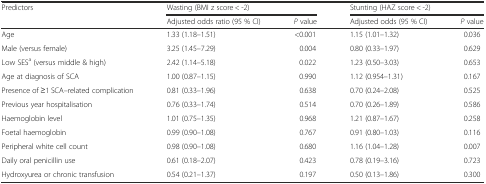
<table><thead><tr><td rowspan="2"><b>Predictors</b></td><td colspan="2"><b>Wasting (BMI z score &lt; -2)</b></td><td colspan="2"><b>Stunting (HAZ score &lt; -2)</b></td></tr><tr><td><b>Adjusted odds ratio (95 % CI)</b></td><td><b><i>P</i> value</b></td><td><b>Adjusted odds (95 % CI)</b></td><td><b><i>P</i> value</b></td></tr></thead><tbody><tr><td>Age</td><td>1.33 (1.18–1.51)</td><td>&lt;0.001</td><td>1.15 (1.01–1.32)</td><td>0.036</td></tr><tr><td>Male (versus female)</td><td>3.25 (1.45–7.29)</td><td>0.004</td><td>0.80 (0.33–1.97)</td><td>0.629</td></tr><tr><td>Low SES<sup>a</sup> (versus middle &amp; high)</td><td>2.42 (1.14–5.18)</td><td>0.022</td><td>1.23 (0.50–3.03)</td><td>0.653</td></tr><tr><td>Age at diagnosis of SCA</td><td>1.00 (0.87–1.15)</td><td>0.990</td><td>1.12 (0.954–1.31)</td><td>0.167</td></tr><tr><td>Presence of ≥1 SCA–related complication</td><td>0.81 (0.33–1.96)</td><td>0.638</td><td>0.70 (0.24–2.08)</td><td>0.525</td></tr><tr><td>Previous year hospitalisation</td><td>0.76 (0.33–1.74)</td><td>0.514</td><td>0.70 (0.26–1.89)</td><td>0.586</td></tr><tr><td>Haemoglobin level</td><td>1.01 (0.75–1.35)</td><td>0.968</td><td>1.21 (0.87–1.67)</td><td>0.258</td></tr><tr><td>Foetal haemoglobin</td><td>0.99 (0.90–1.08)</td><td>0.767</td><td>0.91 (0.80–1.03)</td><td>0.116</td></tr><tr><td>Peripheral white cell count</td><td>0.98 (0.90–1.08)</td><td>0.680</td><td>1.16 (1.04–1.28)</td><td>0.007</td></tr><tr><td>Daily oral penicillin use</td><td>0.61 (0.18–2.07)</td><td>0.423</td><td>0.78 (0.19–3.16)</td><td>0.723</td></tr><tr><td>Hydroxyurea or chronic transfusion</td><td>0.54 (0.21–1.37)</td><td>0.197</td><td>0.50 (0.13–1.86)</td><td>0.300</td></tr></tbody></table>